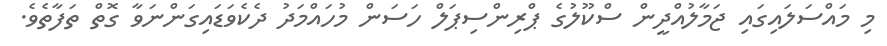
މި މައްސަލައިގައި ޖަމާލުއްދީން ސްކޫލުގެ ޕްރިންސިޕަލް ހަސަން މުހައްމަދު ދެކެވަޑައިގަންނަވާ ގޮތް ތަފާތެވެ.